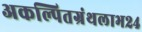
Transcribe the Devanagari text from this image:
अकल्पितग्रंथलाभ२४